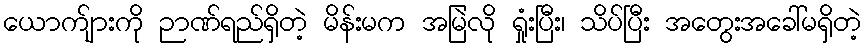
ယောက်ျားကို ဉာဏ်ရည်ရှိတဲ့ မိန်းမက အမြဲလို ရှုံးပြီး၊ သိပ်ပြီး အတွေးအခေါ်မရှိတဲ့